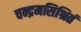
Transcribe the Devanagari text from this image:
चन्द्रमसिश्रितं